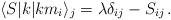
LaTeX: \begin{align*}\langle S|k|km_i\rangle_j = \lambda\delta_{ij}-S_{ij}\,. \end{align*}